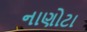
નાણોટા